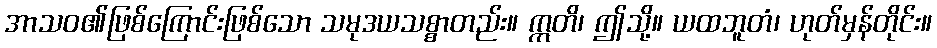
အာသဝ၏ဖြစ်ကြောင်းဖြစ်သော သမုဒယသစ္စာတည်း။ ဣတိ၊ ဤသို့။ ယထဘူတံ၊ ဟုတ်မှန်တိုင်း။